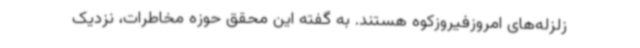
زلزله‌های امروزفیروزکوه هستند. به گفته این محقق حوزه مخاطرات، نزدیک